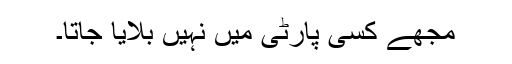
مجھے کسی پارٹی میں نہیں بلایا جاتا۔